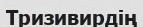
Тризивирдің